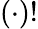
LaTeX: \left(\cdot\right)!